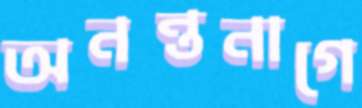
অনন্তনাগে